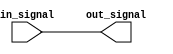
module ECL_buffer (
    input           in_signal,
    output reg      out_signal
);

always @ (in_signal)
begin
    // ECL buffer logic goes here
    // Convert input signal to ECL logic levels
    out_signal <= in_signal; // For demonstration purposes only
end

endmodule